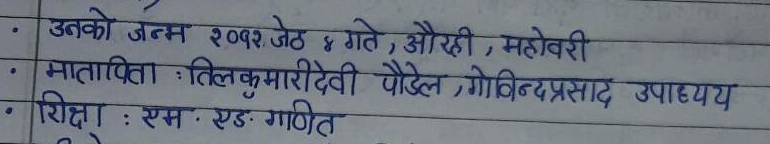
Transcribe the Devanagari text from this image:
उनको जन्म २०१२ जेठ ४ गते, औरही, महोवरी
मातापिता : तिलकुमारीदेवी पौडेल, गोविन्दप्रसाद उपाध्यय
शिक्षा : एम. एड. गणित